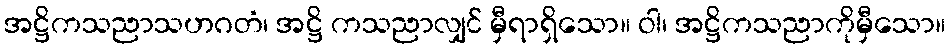
အဋ္ဌိကသညာသဟဂတံ၊ အဋ္ဌိ ကသညာလျှင် မှီရာရှိသော။ ဝါ၊ အဋ္ဌိကသညာကိုမှီသော။